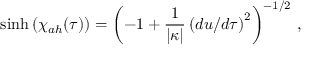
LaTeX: \sinh { ( \chi _ { a h } ( \tau ) ) } = \left( - 1 + { \frac { 1 } { \vert \kappa \vert } } \left( d u / d \tau \right) ^ { 2 } \right) ^ { - 1 / 2 } \, ,